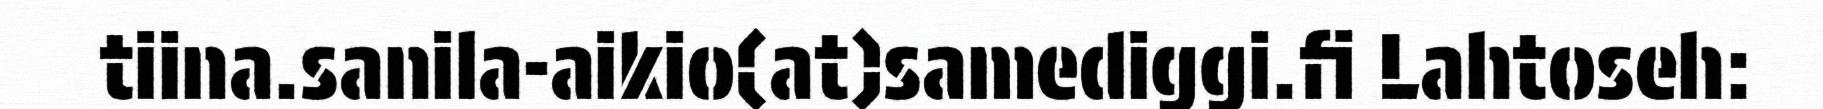
tiina.sanila-aikio(at)samediggi.fi Lahtoseh: